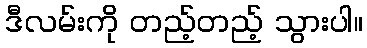
ဒီလမ်းကို တည့်တည့် သွားပါ။